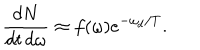
LaTeX: \frac { d N } { d t \, d \omega } \approx f ( \omega ) e ^ { - \omega _ { d } / T } .